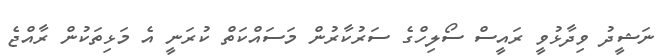
ނަޝީދު ވިދާޅުވީ ރައީސް ސޯލިހްގެ ސަރުކާރުން މަސައްކަތް ކުރަނީ އެ މަޅިތަކުން ރާއްޖެ